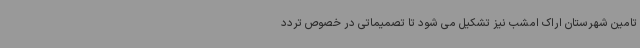
تامین شهرستان اراک امشب نیز تشکیل می شود تا تصمیماتی در خصوص تردد